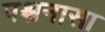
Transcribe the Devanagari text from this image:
पश्चनासा